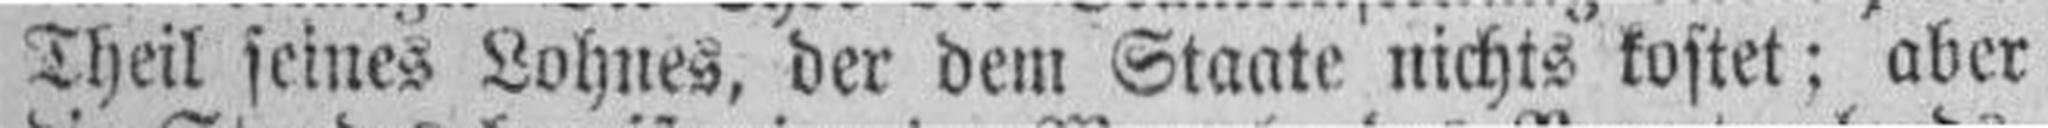
Theil seines Lohnes, der dem Staate nichts kostet; aber